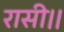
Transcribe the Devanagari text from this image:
रासी।।